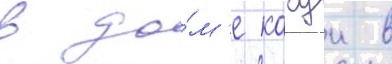
в до́м'е кагуи в